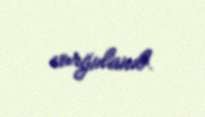
vurğulanıb.